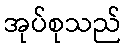
အုပ်စုသည်